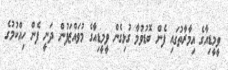
ވީމީޑިއާގެ އިމާރާތުގައި ފެން ބޮޑުވުމާ ގުޅިގެން ވީމީޑިއާގެ މުވައްޒަފުން ދަނީ ފެން ހިއްކުމުގެ